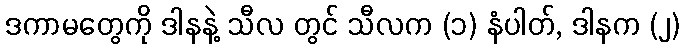
ဒကာမတွေကို ဒါနနဲ့ သီလ တွင် သီလက (၁) နံပါတ်, ဒါနက (၂)